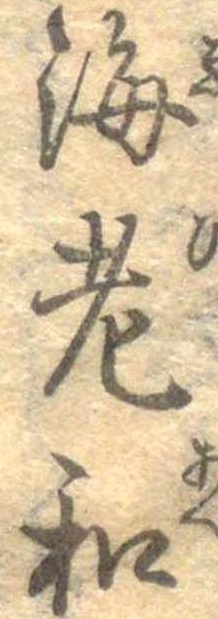
海老和